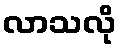
လာသလို